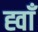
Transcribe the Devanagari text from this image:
ह्वाँ